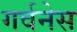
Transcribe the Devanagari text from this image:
गर्वनेस